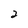
Character: 2